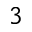
3